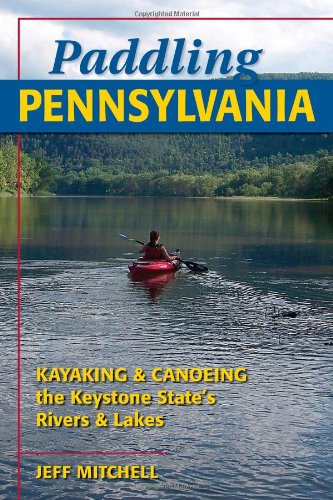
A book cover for Paddling Pennsylvania: Kayaking & Canoeing the Keystone State's Rivers & Lakes; Jeff Mitchell; Sports & Outdoors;